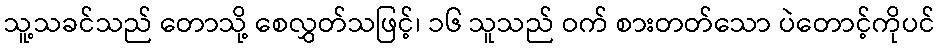
သူ့သခင်သည် တောသို့ စေလွှတ်သဖြင့်၊ ၁၆ သူသည် ဝက် စားတတ်သော ပဲတောင့်ကိုပင်